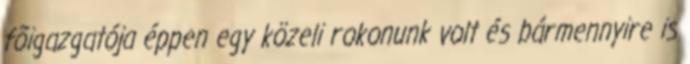
fõigazgatója éppen egy közeli rokonunk volt és bármennyire is